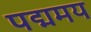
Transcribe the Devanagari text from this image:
पद्ममय